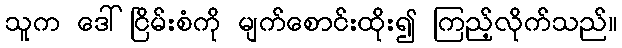
သူက ဒေါ်ငြိမ်းစံကို မျက်စောင်းထိုး၍ ကြည့်လိုက်သည်။